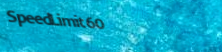
SpeedLimit60